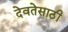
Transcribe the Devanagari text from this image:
देवतेसाठी